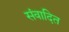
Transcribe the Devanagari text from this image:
संवादित